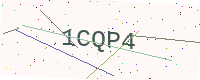
Text: 1CQP4